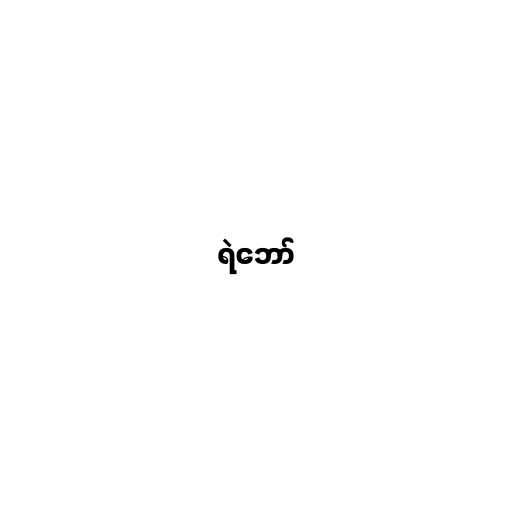
ရဲဘော်